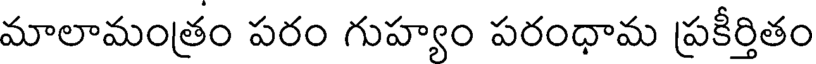
మాలామంత్రం పరం గుహ్యం పరంధామ ప్రకీర్తితం